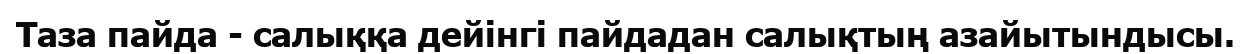
Таза пайда - салыққа дейінгі пайдадан салықтың азайытындысы.